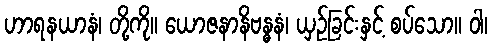
ဟာရနယာနံ၊ တို့ကို။ ယောဇနာနိဗန္ဓနံ၊ ယှဉ်ခြင်းနှင့် စပ်သော။ ဝါ၊